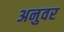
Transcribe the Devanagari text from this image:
अनुवर